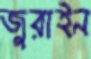
জুরাইন